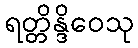
ရတ္တိန္ဒိဝေသု